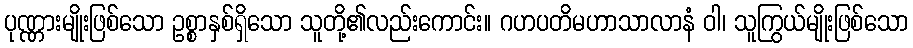
ပုဏ္ဏားမျိုးဖြစ်သော ဥစ္စာနှစ်ရှိသော သူတို့၏လည်းကောင်း။ ဂဟပတိမဟာသာလာနံ ဝါ၊ သူကြွယ်မျိုးဖြစ်သော